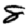
Digit: 8